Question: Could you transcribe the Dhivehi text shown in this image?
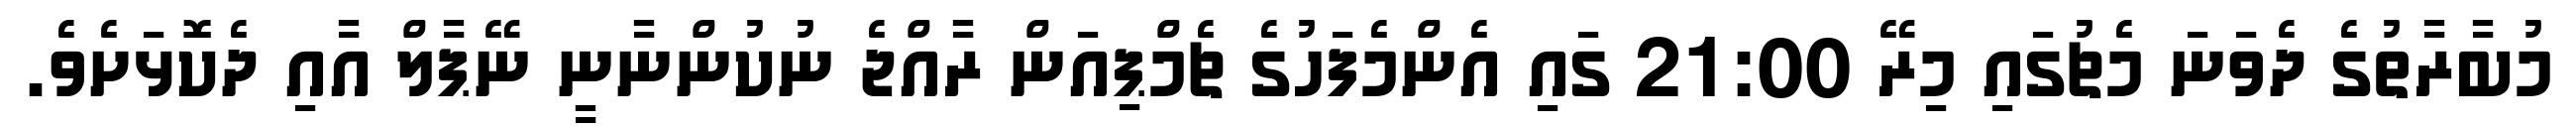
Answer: މުބާރާތުގެ ދެވަނަ މެޗުގައި މިރޭ 21:00 ގައި އެންމެފަހުގެ ޗެމްޕިއަން ރާއްޖެ ނުކުންނާނީ ނޭޕާލް އާއި ދެކޮޅަށެވެ.